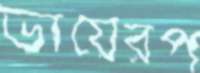
ভায়েরপ